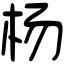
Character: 杨